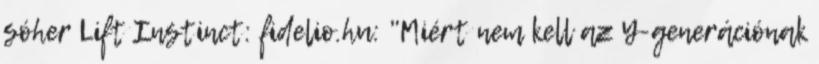
sóher Lift Instinct: fidelio.hu: "Miért nem kell az Y-generációnak